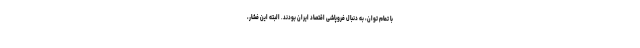
با تمام توان، به دنبال فروپاشی اقتصاد ایران بودند. البته این فشار،